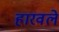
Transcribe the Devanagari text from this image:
हारवले